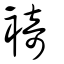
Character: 裿